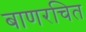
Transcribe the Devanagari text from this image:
बाणरचित